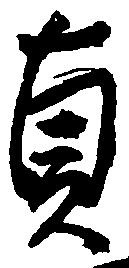
貞